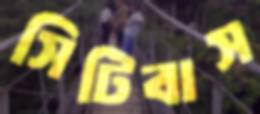
সিটিবাস